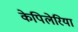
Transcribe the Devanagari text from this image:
केपिलेरिया